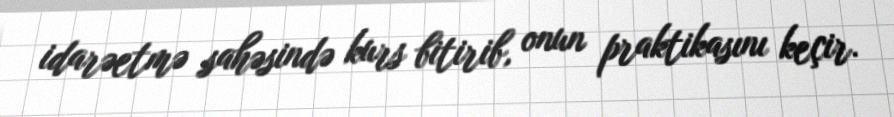
idarəetmə sahəsində kurs bitirib, onun praktikasını keçir.